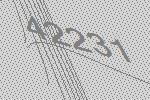
42231